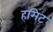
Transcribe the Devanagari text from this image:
हमिट